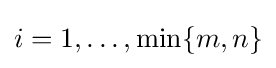
i=1,\dots ,\min\{m,n\}